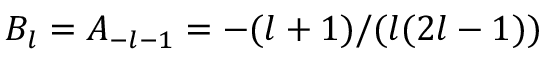
B _ { l } = A _ { - l - 1 } = - ( l + 1 ) / ( l ( 2 l - 1 ) )